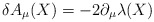
\begin{align*}\delta A_\mu(X) = - 2 \partial_\mu \lambda(X)\end{align*}